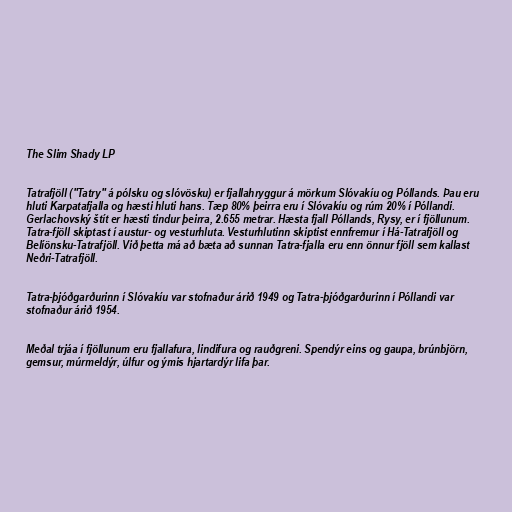
The Slim Shady LP

Tatrafjöll ("Tatry" á pólsku og slóvösku) er fjallahryggur á mörkum Slóvakíu og Póllands. Þau eru
hluti Karpatafjalla og hæsti hluti hans. Tæp 80% þeirra eru í Slóvakíu og rúm 20% í Póllandi.
Gerlachovský štít er hæsti tindur þeirra, 2.655 metrar. Hæsta fjall Póllands, Rysy, er í fjöllunum.
Tatra-fjöll skiptast í austur- og vesturhluta. Vesturhlutinn skiptist ennfremur í Há-Tatrafjöll og
Belíönsku-Tatrafjöll. Við þetta má að bæta að sunnan Tatra-fjalla eru enn önnur fjöll sem kallast
Neðri-Tatrafjöll.

Tatra-þjóðgarðurinn í Slóvakíu var stofnaður árið 1949 og Tatra-þjóðgarðurinn í Póllandi var
stofnaður árið 1954.

Meðal trjáa í fjöllunum eru fjallafura, lindifura og rauðgreni. Spendýr eins og gaupa, brúnbjörn,
gemsur, múrmeldýr, úlfur og ýmis hjartardýr lifa þar.